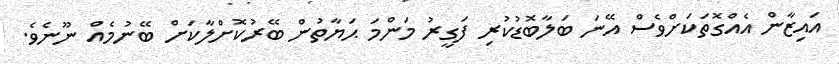
އައިޒާން އެއްގޮތަކަށްވެސް އޭނަ ބަލާބޮޑުކުރި ފަގީރު މަންމަ ޙަޔާތުން ބޭރުކޮށްލާކަށް ބޭނުމެއް ނޫނެވެ.